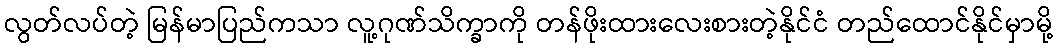
လွတ်လပ်တဲ့ မြန်မာပြည်ကသာ လူ့ဂုဏ်သိက္ခာကို တန်ဖိုးထားလေးစားတဲ့နိုင်ငံ တည်ထောင်နိုင်မှာမို့